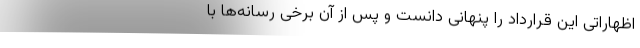
اظهاراتی این قرارداد را پنهانی دانست و پس از آن برخی رسانه‌ها با